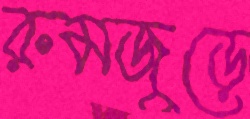
রুমজুড়ে